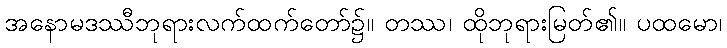
အနောမဒဿီဘုရားလက်ထက်တော်၌။ တဿ၊ ထိုဘုရားမြတ်၏။ ပထမော၊